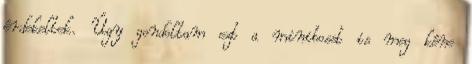
érdekeltek. Úgy gondoltam ezt a minibosst is meg kéne